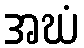
အဃံ